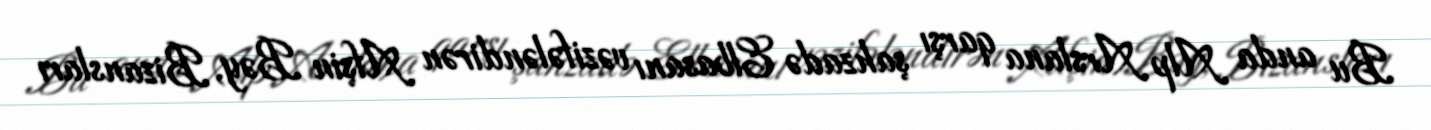
Bu anda Alp Arslana qarşı şahzadə Elbasanı vəzifələndirən Afşin Bəy, Bizansları